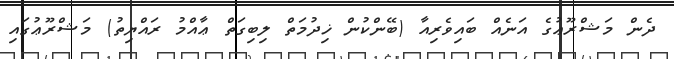
ދެން މަޝްރޫޢުގެ އަނެއް ބައިވެރިއާ (ބޭންކުން ޚިދުމަތް ލިބިގަތް ޢާއްމު ރައްޔިތު) މަޝްރޫޢުގައި